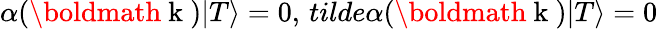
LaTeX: \alpha(\mathrm{\boldmath~k~})|T\rangle=0,\, tilde{\alpha}(\mathrm{\boldmath~k~})|T\rangle=0